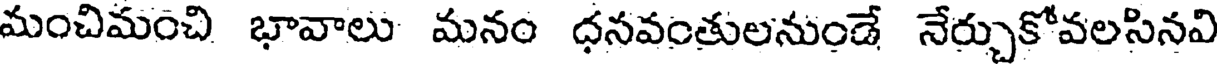
మంచిమంచి భావాలు మనం ధనవంతులనుండే నేర్చుకోవలసినవి